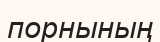
порнының